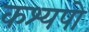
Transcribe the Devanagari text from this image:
कश्यपो